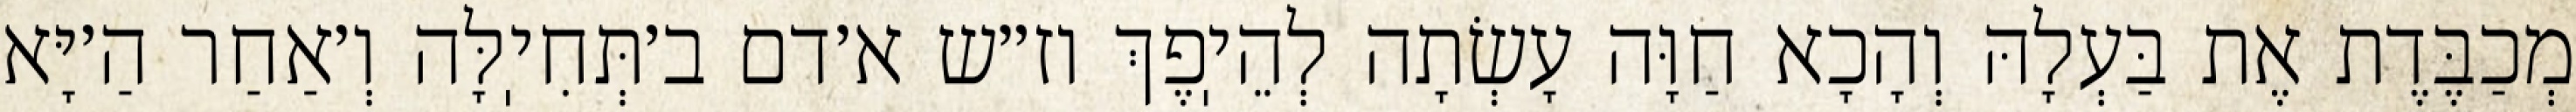
מְכַבֶּדֶת אֶת בַּעְלָהּ וְהָכָא חַוָּה עָשְׂתָה לְהֵיֽפֶךְ וז״ש א׳דם ב׳תְּחִיֽלָּה וְ׳אַחַר הַ׳יָּא